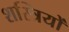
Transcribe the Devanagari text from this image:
शस्त्रियों